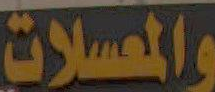
والمعسلات